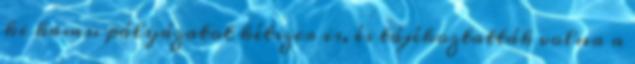
ki kamu pályázatot kétszer is, és tájékoztatták volna a